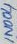
Text: 1N004